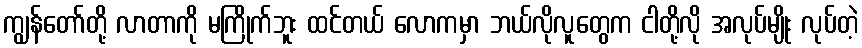
ကျွန်တော်တို့ လာတာကို မကြိုက်ဘူး ထင်တယ် လောကမှာ ဘယ်လိုလူတွေက ငါတို့လို အလုပ်မျိုး လုပ်တဲ့